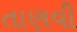
તાણવી